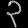
Digit: ၃